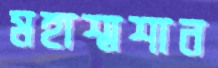
মহাশ্মশান